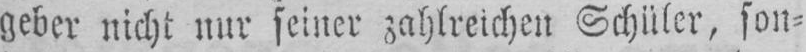
geber nicht nur seiner zahlreichen Schüler, son=